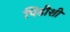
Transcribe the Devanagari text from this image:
पिढीशी